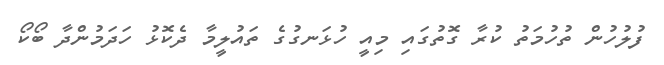
ފުލުހުން ތުހުމަތު ކުރާ ގޮތުގައި މިއީ ހުޅަނގުގެ ތައުލީމާ ދެކޮޅު ހަދަމުންދާ ބޯކޯ